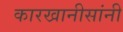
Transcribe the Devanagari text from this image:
कारखानीसांनी